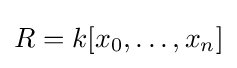
R=k[x_{0},\dots ,x_{n}]